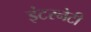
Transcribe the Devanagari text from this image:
इंटरनेटी